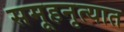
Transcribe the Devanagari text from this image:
समूहनृत्यात